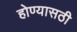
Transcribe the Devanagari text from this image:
होण्यासठी